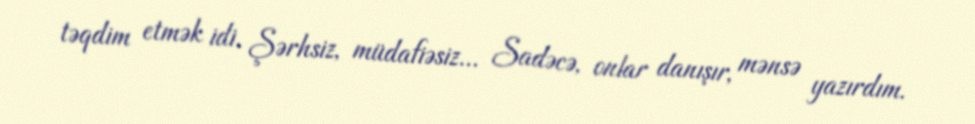
təqdim etmək idi. Şərhsiz, müdafiəsiz... Sadəcə, onlar danışır, mənsə yazırdım.